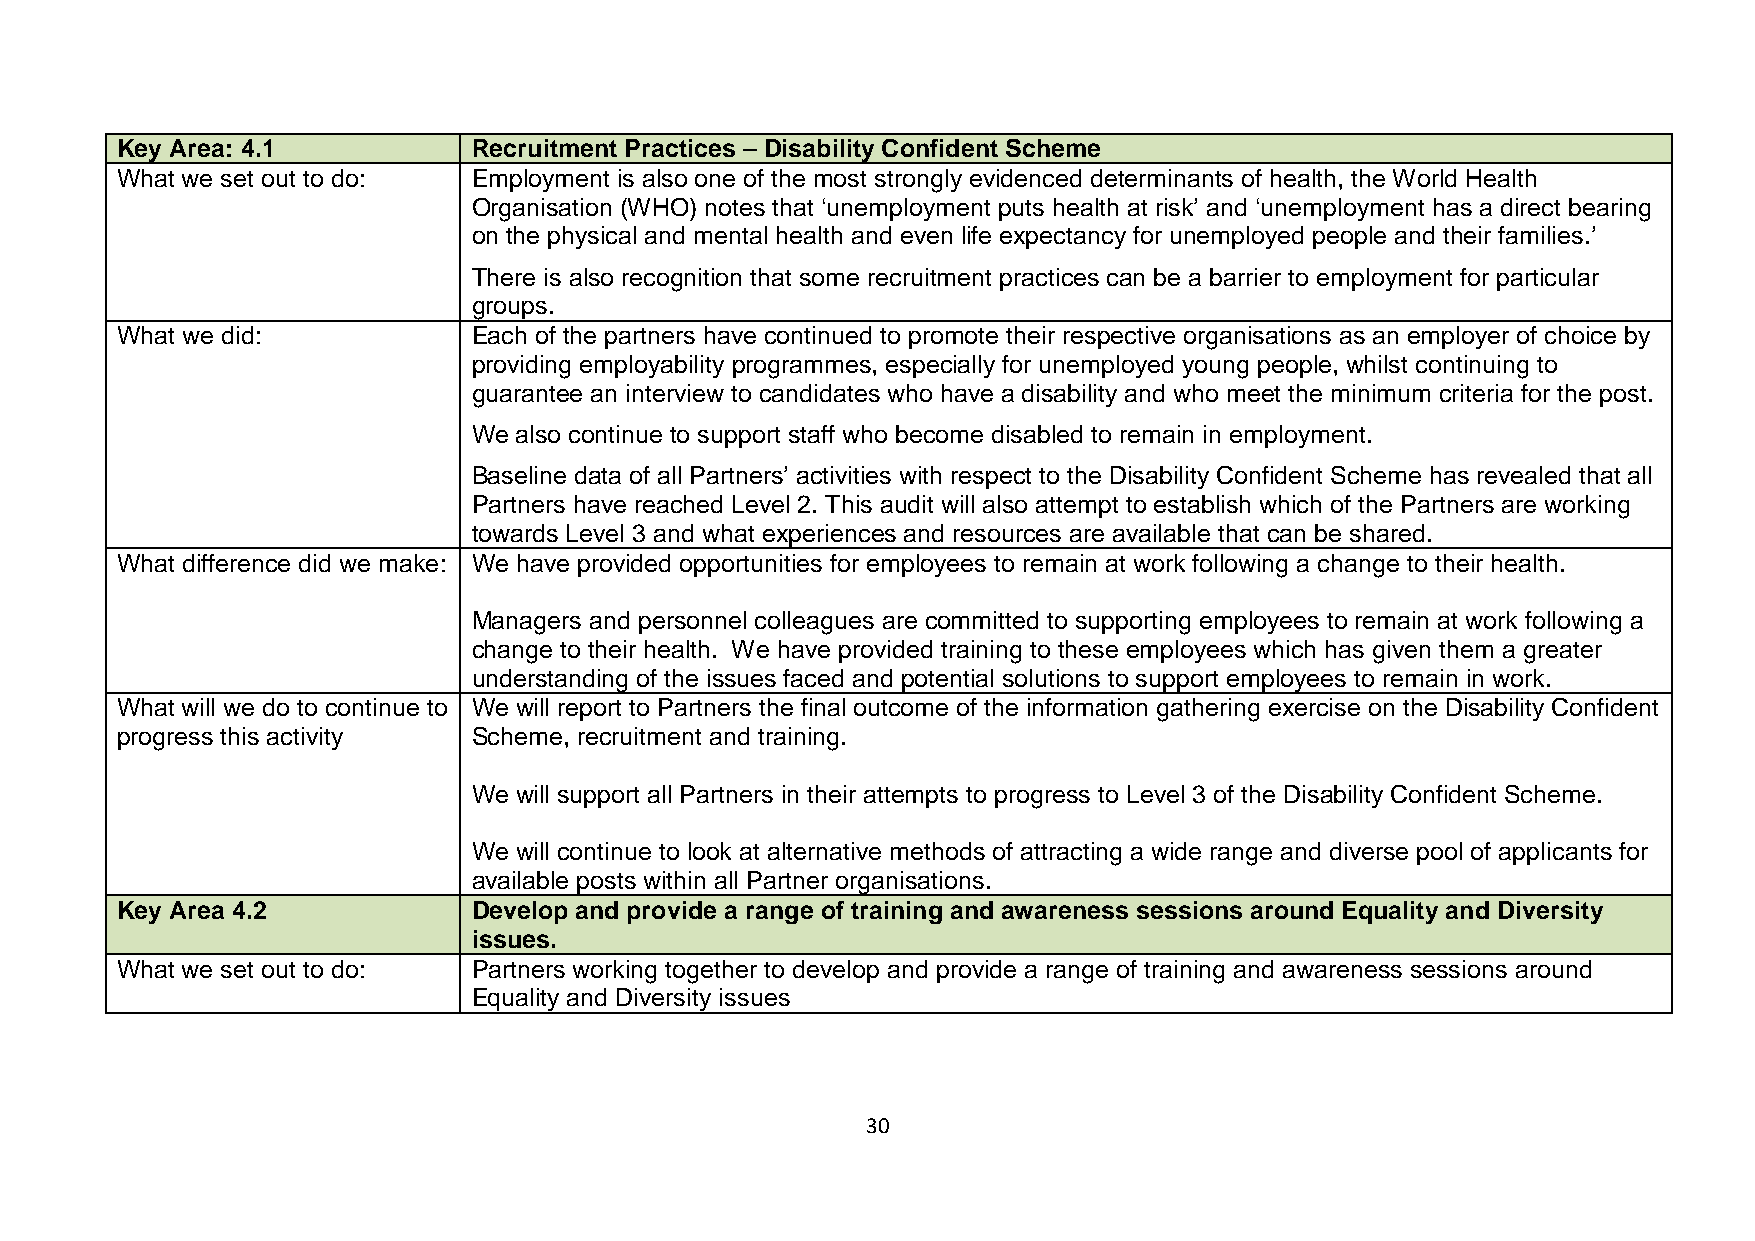
Key Area: 4.1          Recruitment Practices – Disability Confident Scheme
 What we set out to do: Employment is also one of the most strongly evidenced determinants of health, the World Health
 Organisation (WHO) notes that ‘unemployment puts health at risk’ and ‘unemployment has a direct bearing
 on the physical and mental health and even life expectancy for unemployed people and their families.’
 There is also recognition that some recruitment practices can be a barrier to employment for particular
 groups.
 What we did:           Each of the partners have continued to promote their respective organisations as an employer of choice by
 providing employability programmes, especially for unemployed young people, whilst continuing to
 guarantee an interview to candidates who have a disability and who meet the minimum criteria for the post.
 We also continue to support staff who become disabled to remain in employment.
 Baseline data of all Partners’ activities with respect to the Disability Confident Scheme has revealed that all
 Partners have reached Level 2. This audit will also attempt to establish which of the Partners are working
 towards Level 3 and what experiences and resources are available that can be shared.
 What difference did we make: We have provided opportunities for employees to remain at work following a change to their health.
 Managers and personnel colleagues are committed to supporting employees to remain at work following a
 change to their health. We have provided training to these employees which has given them a greater
 understanding of the issues faced and potential solutions to support employees to remain in work.
 What will we do to continue to We will report to Partners the final outcome of the information gathering exercise on the Disability Confident
 progress this activity Scheme, recruitment and training.
 We will support all Partners in their attempts to progress to Level 3 of the Disability Confident Scheme.
 We will continue to look at alternative methods of attracting a wide range and diverse pool of applicants for
 available posts within all Partner organisations.
 Key Area 4.2           Develop and provide a range of training and awareness sessions around Equality and Diversity
 issues.
 What we set out to do: Partners working together to develop and provide a range of training and awareness sessions around
 Equality and Diversity issues
 30